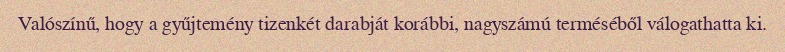
Valószínű, hogy a gyűjtemény tizenkét darabját korábbi, nagyszámú terméséből válogathatta ki.